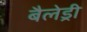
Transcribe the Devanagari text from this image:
बैलेड्री